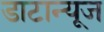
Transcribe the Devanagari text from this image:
डाटान्यूज